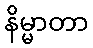
နိမ္မာတာ